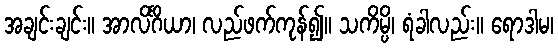
အချင်းချင်း။ အာလိင်္ဂိယာ၊ လည်ဖက်ကုန်၍။ သကိမ္ပိ၊ ရံခါလည်း။ ရောဒါမ၊